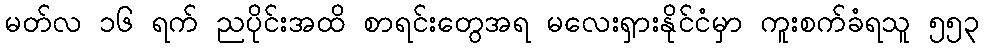
မတ်လ ၁၆ ရက် ညပိုင်းအထိ စာရင်းတွေအရ မလေးရှားနိုင်ငံမှာ ကူးစက်ခံရသူ ၅၅၃